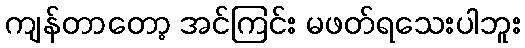
ကျန်တာတော့ အင်ကြင်း မဖတ်ရသေးပါဘူး